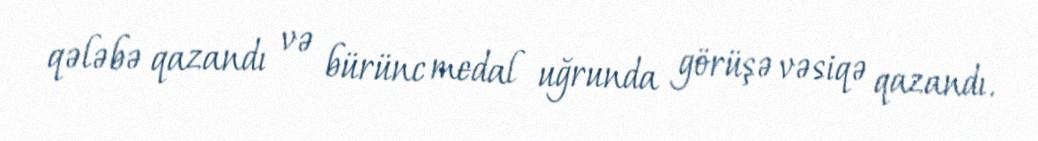
qələbə qazandı və bürünc medal uğrunda görüşə vəsiqə qazandı.